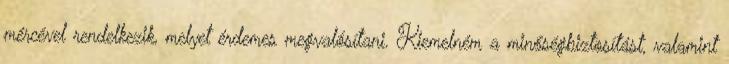
mércével rendelkezik, melyet érdemes megvalósítani. Kiemelném a minőségbiztosítást, valamint